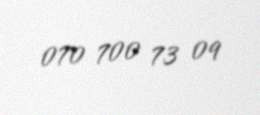
070 700 73 09